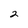
Character: 2